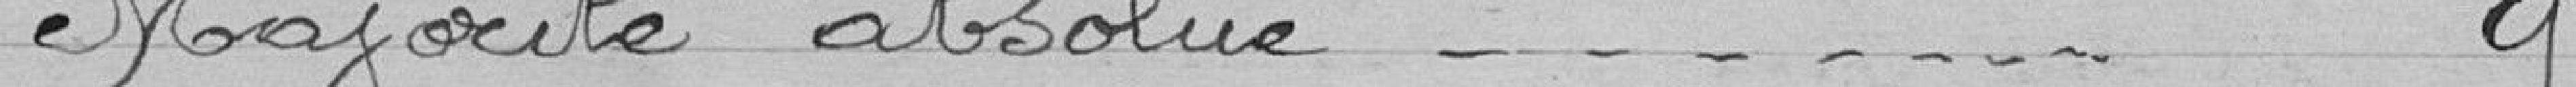
Majorité absolue 9